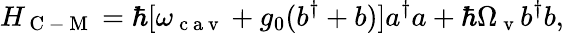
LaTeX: H_{\mathrm{~C~-~M~}}=\hbar[\omega_{\mathrm{~c~a~v~}}+{g_{0}}(b^{\dagger}+b)]a^{\dagger}a+\hbar\Omega_{\mathrm{~v~}}b^{\dagger}b,